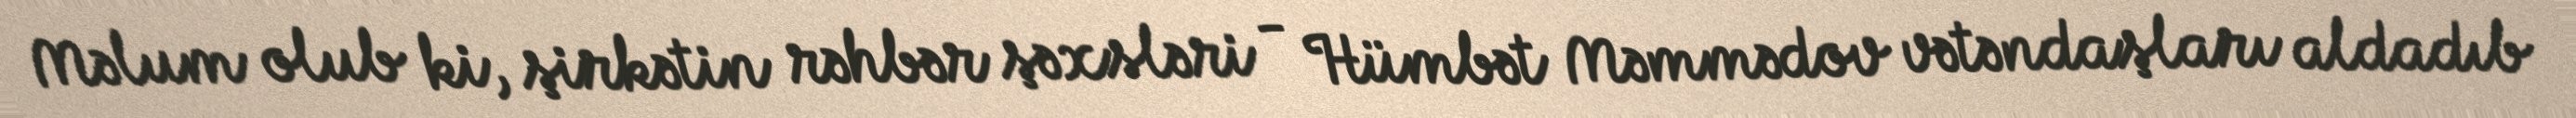
Məlum olub ki, şirkətin rəhbər şəxsləri - Hümbət Məmmədov vətəndaşları aldadıb